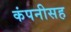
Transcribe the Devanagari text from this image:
कंपनीसह